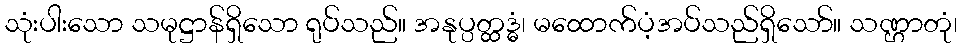
သုံးပါးသော သမုဋ္ဌာန်ရှိသော ရုပ်သည်။ အနုပ္ပတ္ထဒ္ဓံ၊ မထောက်ပံ့အပ်သည်ရှိသော်။ သဏ္ဌာတုံ၊